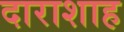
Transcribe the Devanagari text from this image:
दाराशाह